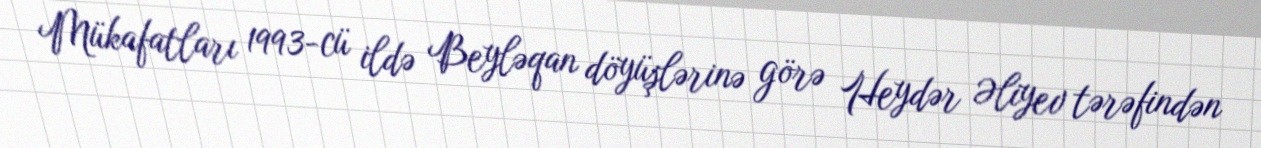
Mükafatları 1993-cü ildə Beyləqan döyüşlərinə görə Heydər Əliyev tərəfindən